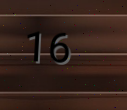
16